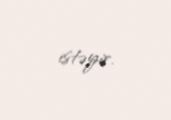
istəyir.